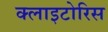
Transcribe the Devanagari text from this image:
क्लाइटोरिस